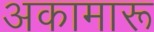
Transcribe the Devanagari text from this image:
अकामारू